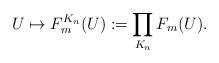
LaTeX: \begin{align*}U \mapsto F_{m}^{K_n}(U):= \prod_{K_n} F_m(U).\end{align*}